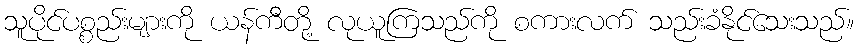
သူပိုင်ပစ္စည်းများကို ယန်ကီတို့ လုယူကြသည်ကို စကားလက် သည်းခံနိုင်သေးသည်။